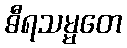
ဓီရသမ္မတေ